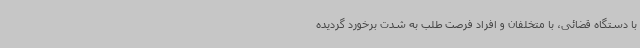
با دستگاه قضائی، با متخلفان و افراد فرصت طلب به شدت برخورد گردیده